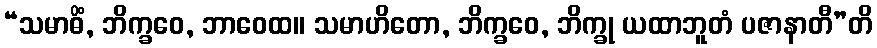
“သမာဓိံ, ဘိက္ခဝေ, ဘာဝေထ။ သမာဟိတော, ဘိက္ခဝေ, ဘိက္ခု ယထာဘူတံ ပဇာနာတီ”တိ